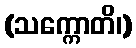
(သက္ကောတိ၊)